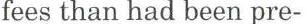
fees than had been pre-